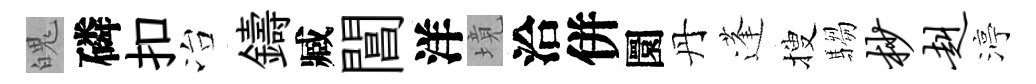
魄磷扣冶鑄臧閶洋境洽併圜丹蓬搜騶杪赳渟